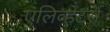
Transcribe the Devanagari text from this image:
एलिव्हेटर्स